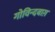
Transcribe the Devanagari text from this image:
गोविन्दबाग़